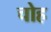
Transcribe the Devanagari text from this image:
चोह